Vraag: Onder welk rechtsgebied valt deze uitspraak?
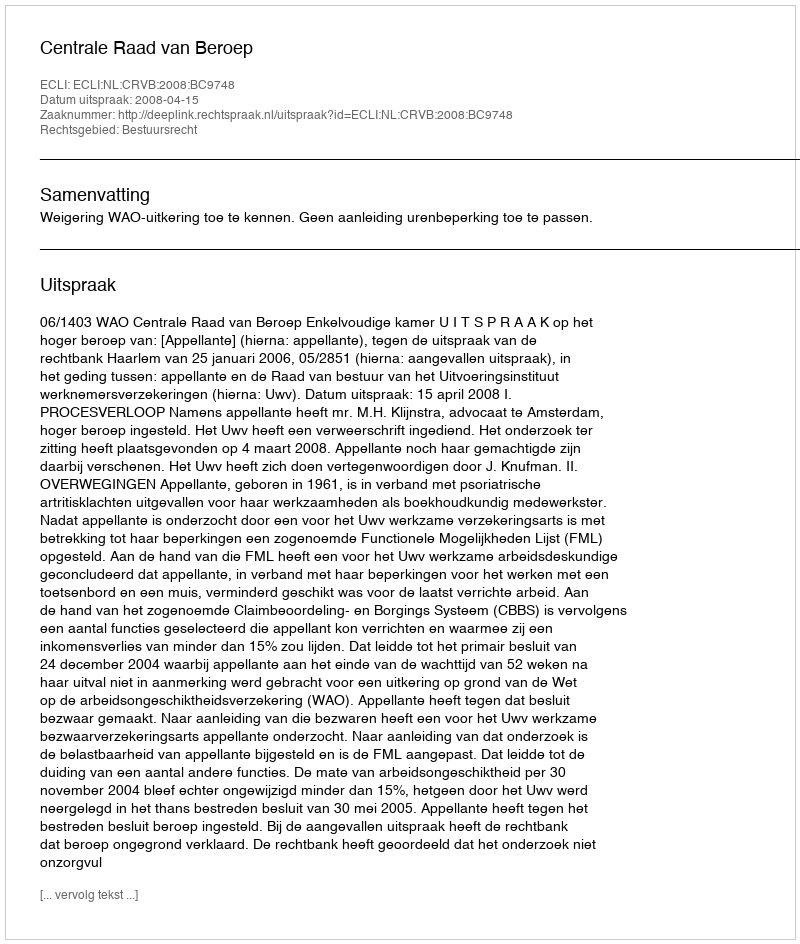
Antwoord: Bestuursrecht